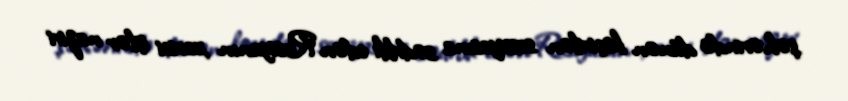
şəhərində dünən keçirilən sessiyasına sədrlik edən Rusiyanın xarici işlər naziri